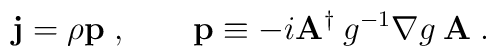
{\bf j}=\rho{\bf p}\;, \qquad {\bf p}\equiv 	-i {\bf A}^\dagger  \:g^{-1}\nabla g\:{\bf A}\;.